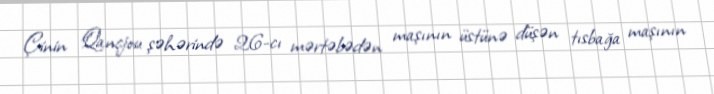
Çinin Qançjou şəhərində 26-cı mərtəbədən maşının üstünə düşən tısbağa maşının